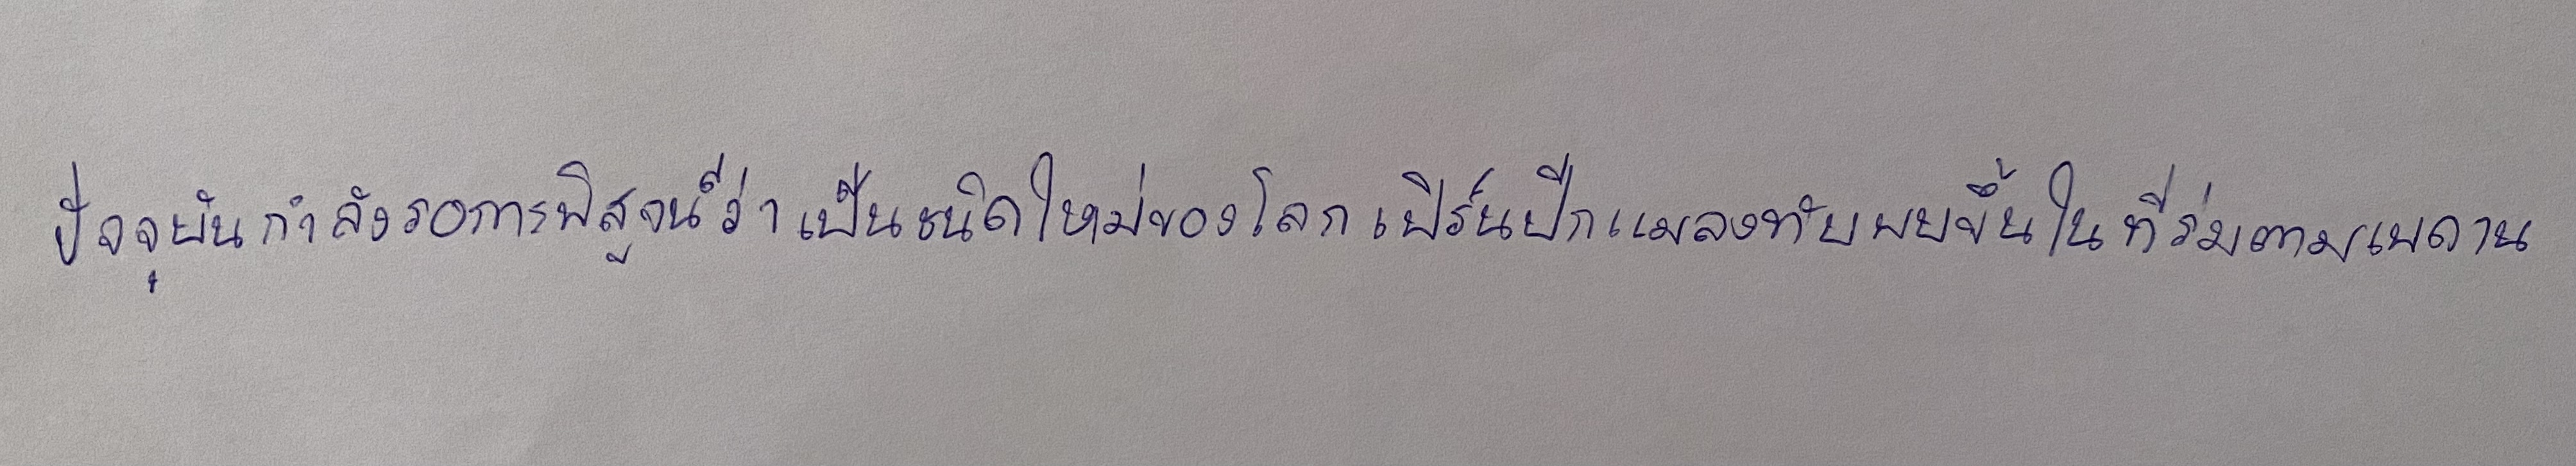
ปัจจุบันกำลังรอการพิสูจน์ว่าเป็นชนิดใหม่ของโลกเฟิร์นปีกแมลงทับพบขึ้นในที่ร่มตามเพดาน